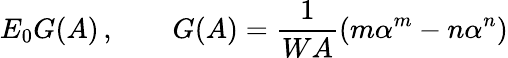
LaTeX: E_{0}G(A)\, ,\qquad G(A)=\frac{1}{WA}\left(m\alpha^{m}-n\alpha^{n}\right)